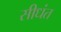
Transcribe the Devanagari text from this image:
सीधंत